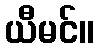
ယီမင်။